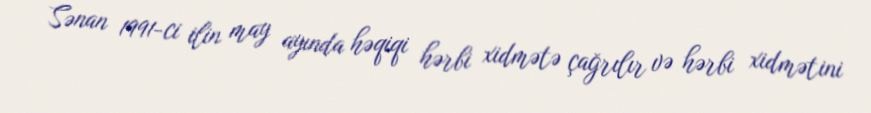
Sənan 1991-ci ilin may ayında həqiqi hərbi xidmətə çağrılır və hərbi xidmətini